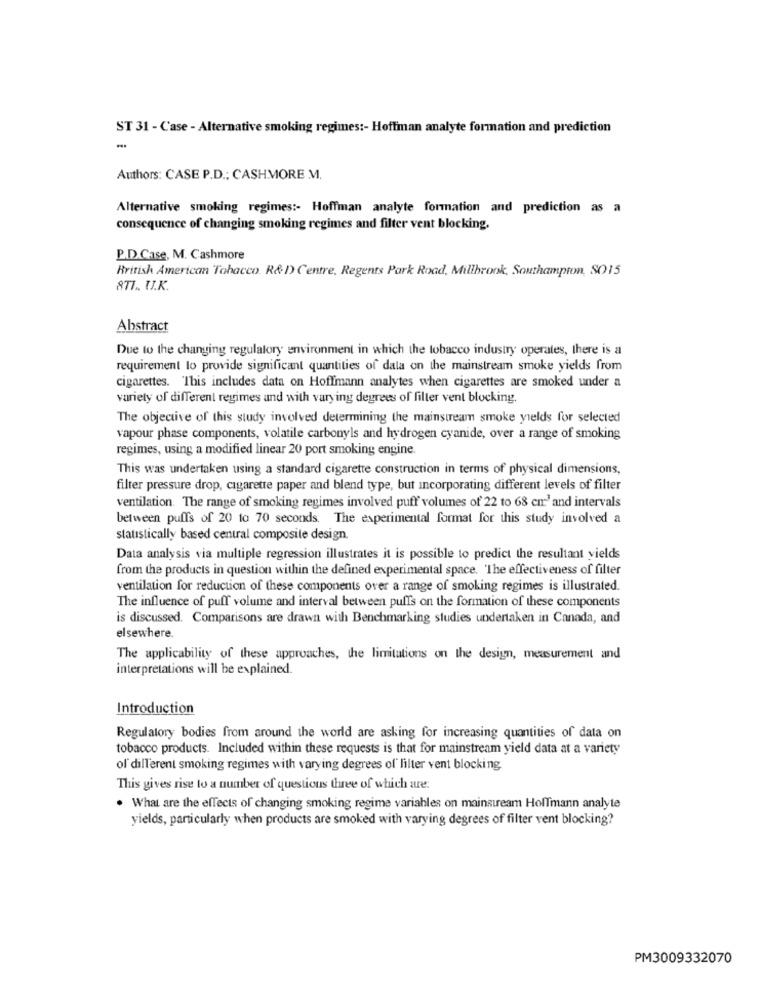
ST 31 - Case - Alternative smoking regimes :- Hoffman analyte formation and prediction
Authors: CASE P.D .: CASHMORE M.
Alternative smoking regimes :- Hoffman analyte formation and prediction as a
consequence of changing smoking regimes and filter vent blocking.
P.D.Case, M. Cashmore
British American Tobacco. R&D) Centre, Regents Park Road, Millbrook, Southampton, SO15
871 .. U.K.
Abstract
Due to the changing regulatory environment in which the tobacco industry operates, there is a
requirement lo provide significant quantities of dala on the mainstream smoke yields from
cigarettes. This includes data on Hoffmann analytes when cigarettes are smoked under a
variety of different regimes and with varying degrees of filter vent blocking.
The objective of this study involved determining the mainstream smoke yields for selected
vapour phase components, volatile carbonyls and hydrogen cyanide, over a range of smoking
regimes, using a modified linear 20 port smoking engine.
This was undertaken using a standard cigarette construction in terms of physical dimensions,
filter pressure drop, cigarette paper and blend type, but incorporating different levels of filter
ventilation. The range of smoking regimes involved puff volumes of 22 to 68 cm' and intervals
between puffs of 20 to 70 seconds. The experimental format for this study involved a
statistically based central composite design.
Data analysis via multiple regression illustrates it is possible to predict the resultant yields
from the products in question within the defined experimental space. The effectiveness of filter
ventilation for reduction of these components over a range of smoking regimes is illustrated.
The influence of puff volume and interval between puffs on the formation of these components
is discussed. Comparisons are drawn with Benchmarking studies undertaken in Canada, and
elsewhere.
The applicability of these approaches, the limitations on the design, measurement and
interpretations will be explained.
Introduction
Regulatory bodies from around the world are asking for increasing quantities of data on
tobacco products. Included within these requests is that for mainstream yield data at a variety
of different smoking regimes with varying degrees of lilter vent blocking
This gives rise to a number of questions three of which are:
. What are the effects of changing smoking regime variables on mainstream Hoffmann analyte
yields, particularly when products are smoked with varying degrees of filter vent blocking?
PM3009332070